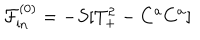
LaTeX: \mathcal { F } _ { \mathrm { i n } } ^ { ( 0 ) } = - S [ T _ { + } ^ { 2 } - C ^ { a } C ^ { a } ]